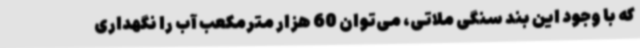
که با وجود این بند سنگی ملاتی، می‌توان 60 هزار مترمکعب آب را نگهداری